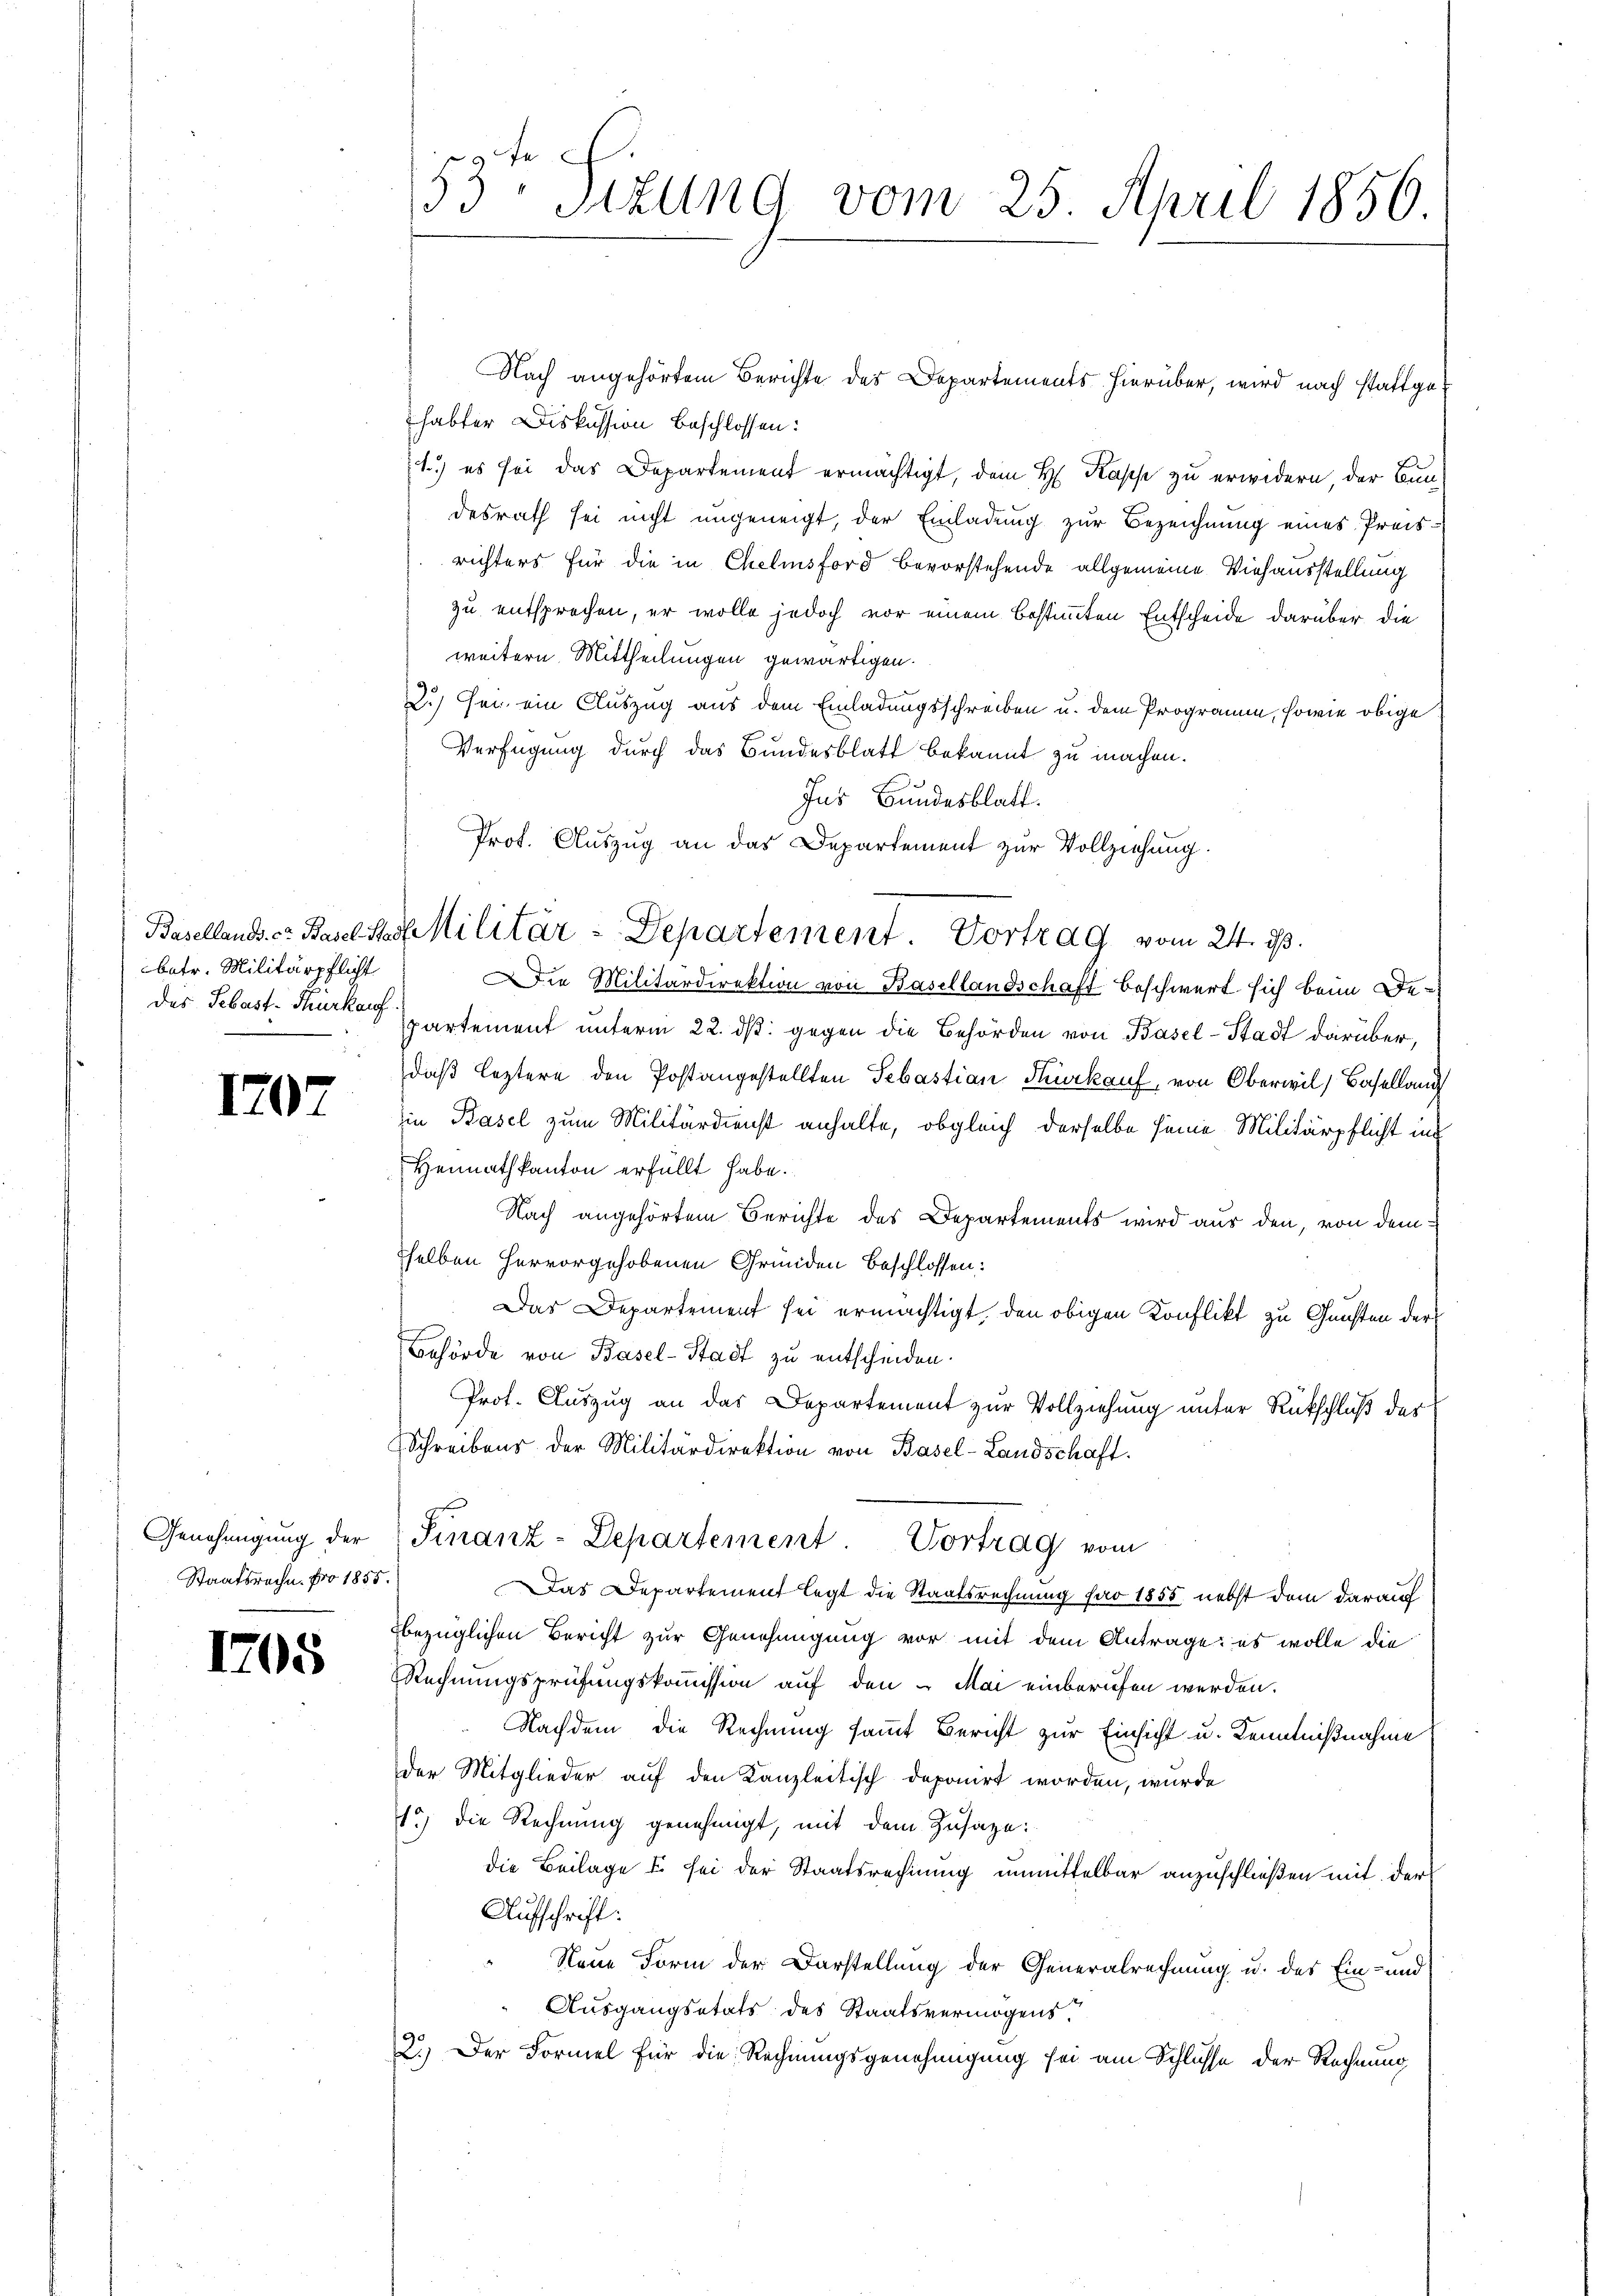
betr. Militärpflicht

1707

Staatsreche. Fro 1855.

1708

Nach angehörtem Berichte des Departements hierüber, wird nach stattgehabter Diskussion beschlossen:
1.) es sei das Departement ermächtigt, dem H. Kasse zu erwidern, der Bundesrath sei nicht ungeneigt, der Einladung zur Bezeichnung eines Preisrichters für die in Chelmsford bevorstehende allgemeine Viehausstellung
zu entsprochen, er wolle jedoch vor einem bestimmten Entscheide darüber die
weitern Mittheilungen gewärtigen.
2.) Sei ein Auszug aus dem Einladungsschreiben u. dem Programm, sowie obige
Verfügung durch das Bundesblatt bekannt zu machen.
Ins Bundesblatt.
ie Militärdirektion von Basellandschaft beschwert sich beim Dedes Sebast. Murka partement unterm 22. ds. gegen die Behörden von Basel-Stadt darüber,
daß leztere den Postangestellten Sebastian Steuerkauf, von Oberwil, Baselland
in Basel zum Militärdienst anhalte, obgleich derselbe seine Militärpflicht in
Heimathkanton erfüllt habe.
Nach angehörtem Berichte des Departements wird aus den, von dem
selben hervorgehobenen Gründen Beschlossen:
Das Departement sei ermächtigt, den obigen Konflikt zu Gunsten der
Behörde von Basel-Stadt zu entschieden.
Prot. Auszug an das Departement zur Vollziehung unter Rückschluß der
Schreibens der Militärdirektion von Basel-Landschaft.
Genehmigŭng der Finanz-Departement Vortrag vom
Das Departement legt die Staatsrechnung far 1855 nebst dem darauf
bezüglichen Bericht zur Genehmigung vor mit dem Antrage: es wolle die
Rechnungsprüfungskommission auf den – Mai einberufen werden.
Nachdem die Rechnung sammt Bericht zur Einsicht u. Kenntnißnahme
der Mitglieder auf den Kanzleitisch deponirt worden, wurde
15) Die Rechnung genehmigt, mit dem Zusage:
die Beilage I sei der Staatsrechnung unmittelbar anzuschließen mit der
Aufschrift:
Neue Form der Darstellung der Generalrechnung u. des Ein- und
Ausgangsetats des Staatsvermögens.
2. Der Formel für die Rechnungsgenehmigung sei am Schlüsse der Rechnung

53 sizung vom 25. April 1856.

Prof. Auszug an das Departement zur Vollziehung.
Basellands. v. Basel des Militär-Departement. Vortrag vom 24. ds.